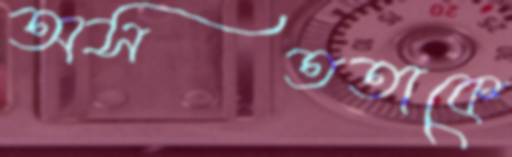
অসততাকে